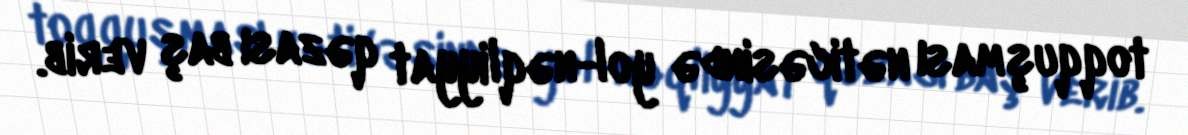
toqquşması nəticəsində yol-nəqliyyat qəzası baş verib.